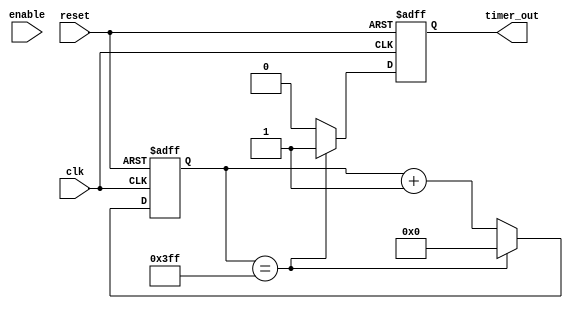
`timescale 1ns/1ps

module timer # (
parameter   TIMER_WIDTH = 10
)
(
    input           clk,
    input           reset,
    input           enable,

    output  reg     timer_out

);

reg [TIMER_WIDTH-1:0]   timer_cnt;

always @(posedge clk or posedge reset) begin
    if (reset) begin
        timer_cnt <= 'h0;
        timer_out <= 1'b0;
    end
    else begin
        timer_out <= 1'b0;
        if (timer_cnt == {TIMER_WIDTH{1'b1}}) begin
            timer_out <= 1'b1;
            timer_cnt <= 'h0;
        end
        else begin
            timer_cnt <= timer_cnt + 'h1;
        end
    end
end


endmodule